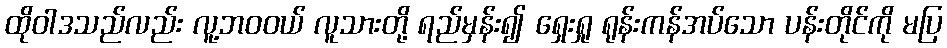
ထိုဝါဒသည်လည်း လူ့ဘဝဝယ် လူသားတို့ ရည်မှန်း၍ ရှေးရှု ရုန်းကန်အပ်သော ပန်းတိုင်ကို မပြ